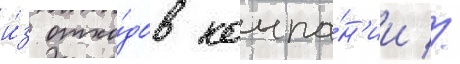
и́з отхо́дов компа́н'ии //